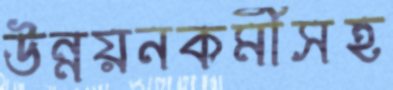
উন্নয়নকর্মীসহ